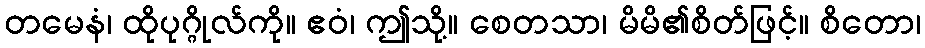
တမေနံ၊ ထိုပုဂ္ဂိုလ်ကို။ ဧဝံ၊ ဤသို့။ စေတသာ၊ မိမိ၏စိတ်ဖြင့်။ စိတော၊